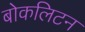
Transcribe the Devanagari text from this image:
बोकलिटन